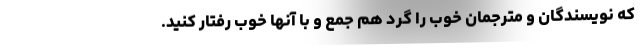
که نویسندگان و مترجمان خوب را گرد هم جمع و با آنها خوب رفتار کنید.